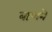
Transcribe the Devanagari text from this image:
बाणने